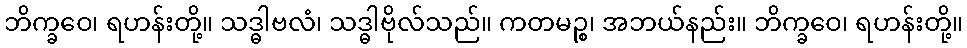
ဘိက္ခဝေ၊ ရဟန်းတို့။ သဒ္ဓါဗလံ၊ သဒ္ဓါဗိုလ်သည်။ ကတမဉ္စ၊ အဘယ်နည်း။ ဘိက္ခဝေ၊ ရဟန်းတို့။